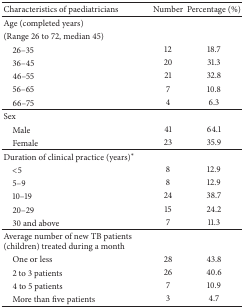
| Characteristics of paediatricians | Number | Percentage (%) |
 | --- | --- | --- |
 | Age (completed years) |  |  |
 | (Range 26 to 72, median 45) |  |  |
 | 26–35 | 12 | 18.7 |
 | 36–45 | 20 | 31.3 |
 | 46–55 | 21 | 32.8 |
 | 56–65 | 7 | 10.8 |
 | 66–75 | 4 | 6.3 |
 | Sex |  |  |
 | Male | 41 | 64.1 |
 | Female | 23 | 35.9 |
 | Duration of clinical practice (years)∗ |  |  |
 | <5 | 8 | 12.9 |
 | 5–9 | 8 | 12.9 |
 | 10–19 | 24 | 38.7 |
 | 20–29 | 15 | 24.2 |
 | 30 and above | 7 | 11.3 |
 | Average number of new TB patients (children) treated during a month |  |  |
 | One or less | 28 | 43.8 |
 | 2 to 3 patients | 26 | 40.6 |
 | 4 to 5 patients | 7 | 10.9 |
 | More than five patients | 3 | 4.7 |